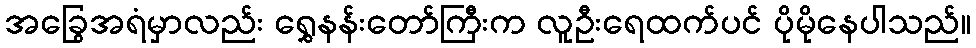
အခြွေအရံမှာလည်း ရွှေနန်းတော်ကြီးက လူဦးရေထက်ပင် ပိုမိုနေပါသည်။